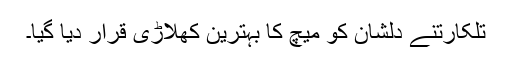
تلکارتنے دلشان کو میچ کا بہترین کھلاڑی قرار دیا گیا۔